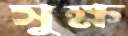
সুক্ষ